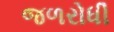
જળરોધી